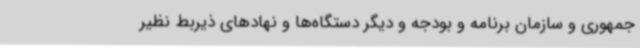
جمهوری و سازمان برنامه‌ و بودجه و دیگر دستگاه‌ها و نهادهای ذیربط نظیر